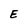
Character: E